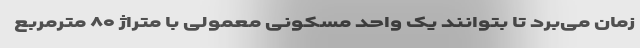
زمان می‌برد تا بتوانند یک واحد مسکونی معمولی با متراژ ۸۰ مترمربع